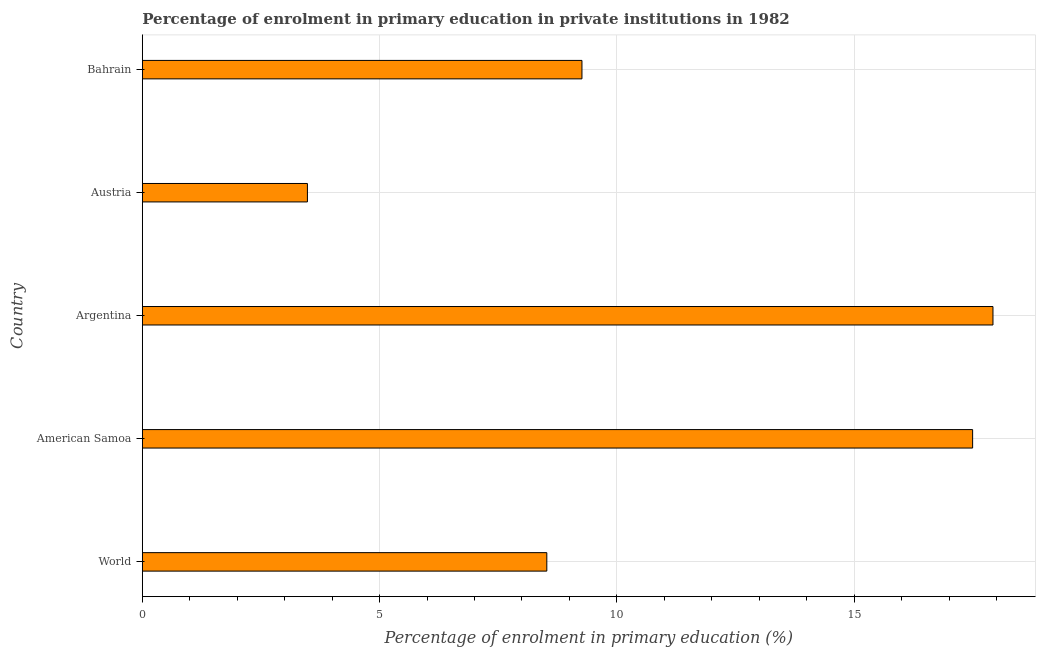
| Country | Enrolment  |
 | --- | --- |
 | World | 8.52 |
 | American Samoa | 17.5 |
 | Argentina | 17.9 |
 | Austria | 3.48 |
 | Bahrain | 9.26 |